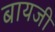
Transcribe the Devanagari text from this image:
बायजी